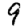
Digit: 9